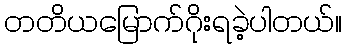
တတိယမြောက်ဂိုးရခဲ့ပါတယ်။